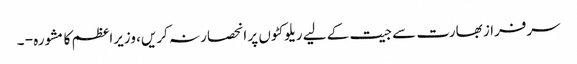
سرفراز بھارت سے جیت کے لیے ریلوکٹوں پر انحصار نہ کریں، وزیراعظم کا مشورہ - ۔